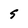
Character: S